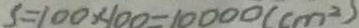
S = 1 0 0 \times 1 0 0 = 1 0 0 0 0 ( c m ^ { 2 } )